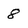
Character: 8